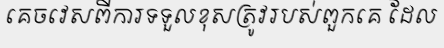
គេចវេសពីការទទួលខុសត្រូវរបស់ពួកគេ ដែល